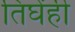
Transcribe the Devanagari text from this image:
तिघेंही